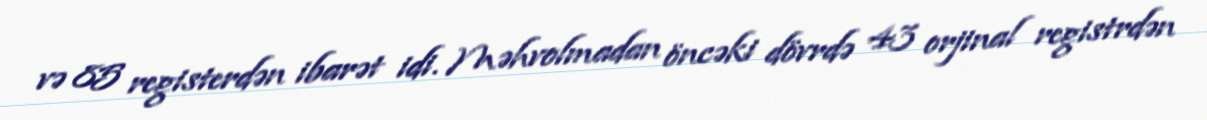
və 85 registerdən ibarət idi. Məhvolmadan öncəki dövrdə 43 orjinal registrdən